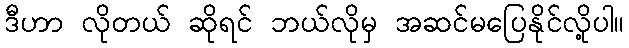
ဒီဟာ လိုတယ် ဆိုရင် ဘယ်လိုမှ အဆင်မပြေနိုင်လို့ပါ။